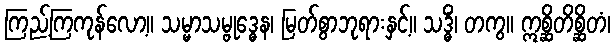
ကြည့်ကြကုန်လော့။ သမ္မာသမ္ဗုဒ္ဓေန၊ မြတ်စွာဘုရားနှင့်။ သဒ္ဓိံ၊ တကွ။ ဣစ္ဆိတိစ္ဆိတံ၊